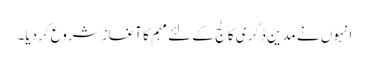
انہوں نے مدین ڈگری کالج کے لئے مہم کا آغاز شروع کردیا۔